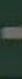
-